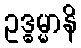
ဥဒ္ဓမ္မာနိ